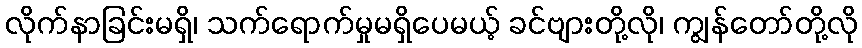
လိုက်နာခြင်းမရှိ၊ သက်ရောက်မှုမရှိပေမယ့် ခင်ဗျားတို့လို၊ ကျွန်တော်တို့လို